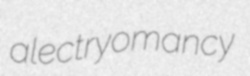
alectryomancy